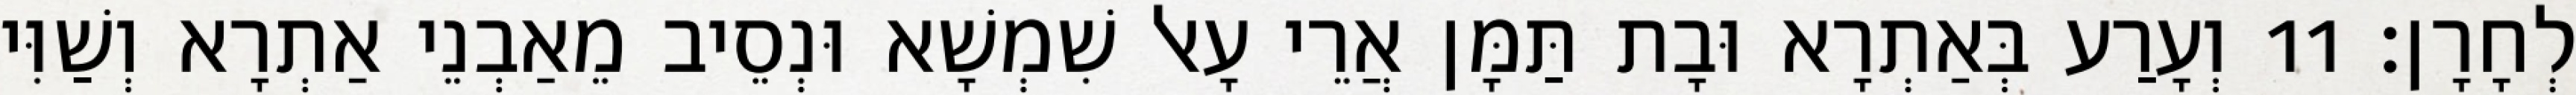
לְחָרָן׃ 11 וְעָרַע בְּאַתְרָא וּבָת תַּמָּן אֲרֵי עָאל שִׁמְשָׁא וּנְסֵיב מֵאַבְנֵי אַתְרָא וְשַׁוִּי